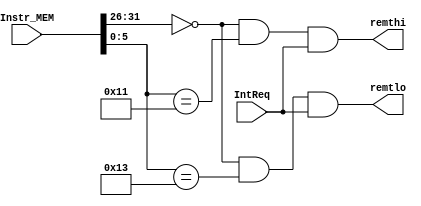
`timescale 1ns / 1ps
//////////////////////////////////////////////////////////////////////////////////
// Company: 
// Engineer: 
// 
// Design Name: 
// Module Name:    remt 
// Project Name: 
// Target Devices: 
// Tool versions: 
// Description: 
//
// Dependencies: 
//
// Revision: 
// Revision 0.01 - File Created
// Additional Comments: 
//
//////////////////////////////////////////////////////////////////////////////////
module remt(
    input [31:0] Instr_MEM,
    input IntReq,
    output remthi,
    output remtlo
    );
	wire [5:0]op=Instr_MEM[31:26];
	wire [5:0]func=Instr_MEM[5:0];
	assign remthi=(op==6'b000000)&&(func==6'b010001)&&IntReq;
	assign remtlo=(op==6'b000000)&&(func==6'b010011)&&IntReq;

endmodule